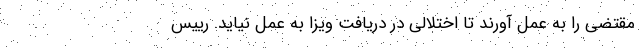
مقتضی را به عمل آورند تا اختلالی در دریافت ویزا به عمل نیاید. رییس